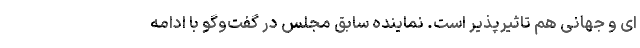
ای و جهانی هم تاثیرپذیر است. نماینده سابق مجلس در گفت‌وگو با ادامه